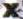
X